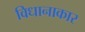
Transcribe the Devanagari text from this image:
विधानाकार